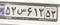
۵۲س۶۱۳۵۳